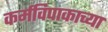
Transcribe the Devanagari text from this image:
कर्मविपाकाच्या